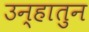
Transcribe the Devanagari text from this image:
उन्हातुन